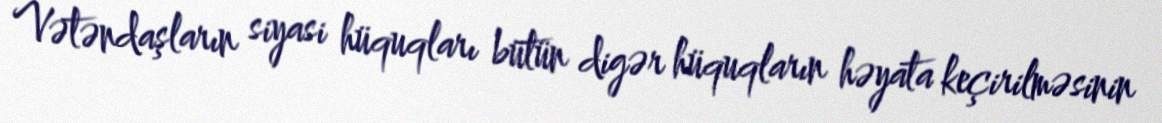
Vətəndaşların siyasi hüquqları bütün digər hüquqların həyata keçirilməsinin